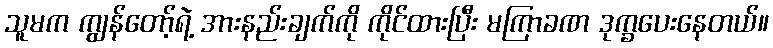
သူမက ကျွန်တော့်ရဲ့ အားနည်းချက်ကို ကိုင်ထားပြီး မကြာခဏ ဒုက္ခပေးနေတယ်။